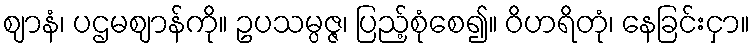
ဈာနံ၊ ပဌမဈာန်ကို။ ဥပသမ္ပဇ္ဇ၊ ပြည့်စုံစေ၍။ ဝိဟရိတုံ၊ နေခြင်းငှာ။